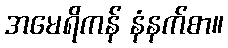
အမေရိကန် နံနက်စာ။